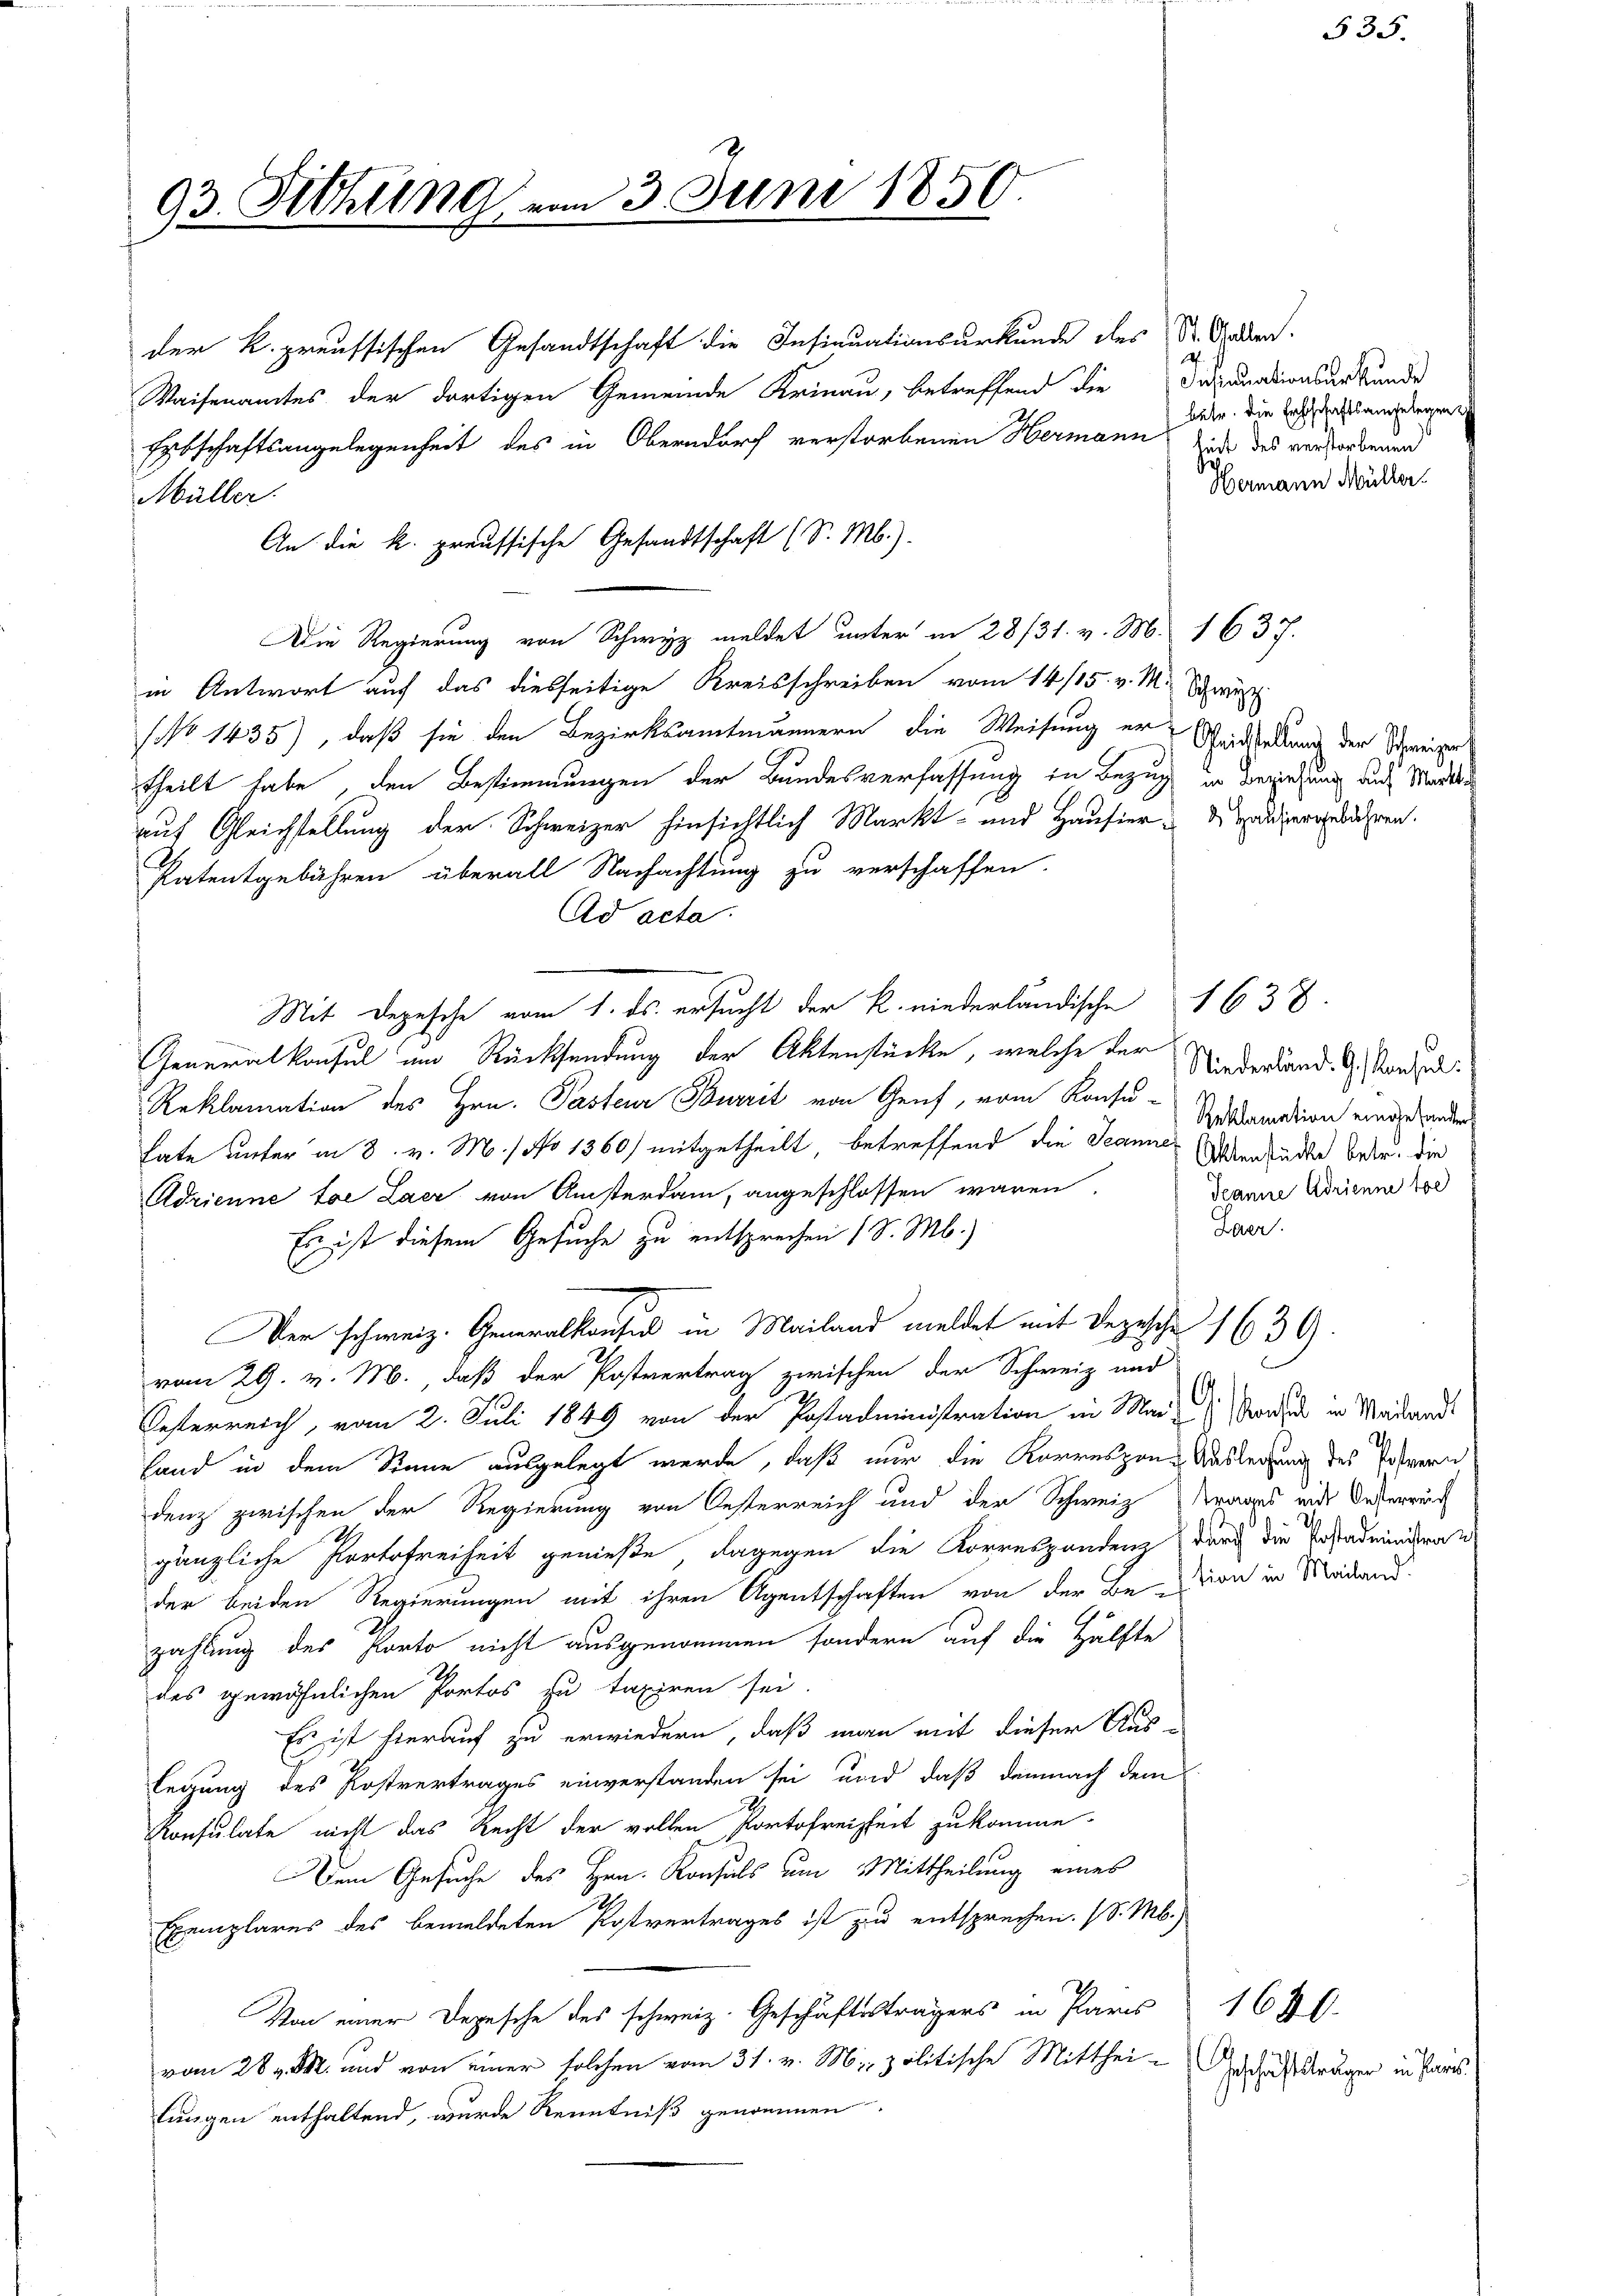
der k. preussischen Gesandtschaft die Insinuationsurkunde des St. Gaden.
Waisenamtes der dortigen Gemeinde Krinau, betreffend die
Erbschaftsangelegenheit des in Oberndorf verstorbenen Hermann sicht des verstorbenen
Müller.
An die k. preussische Gesandtschaft (S. M.).
Die Regierung von Schwyz meldet unter in 28/31. v. M. 1637.
in Antwort auf das diesseitige Kreisschreiben vom 14/15. v. M. Schw
(No 1435), daß sie den Bezirksamtmännern die Weisung er Seitstellung der Schreise
theilt habe, den Bestimmungen der Bundesverfassung in Bezug in Beziehung auf Mari
auf Gleichstellung der Schweizer hinsichtlich Markt- und Hausier dieser Sachen.
Patentgebühren überall Nachachtung zu verschaffen.
Ad acta.
Mit Depesche vom 1. ds. ersucht der k. niederländische 1638.
Generalkonsul und Rücksendung der Aktenstücke, welche der
Reklamation des Hrn. Pasteur Burrit von Genf, vom Konsu-
tate unter in 3. v. M. / No 1360) mitgetheilt, betreffend die Jeanne Erbenkucke betr. die
Adrienne toe Laer von Ansterdam, angeschlossen waren.
Es ist diesem Gesuche zu entsprechen (S. M.)
Der schweiz. Generalkonsul in Mailand meldet mit Depesche 1639
vom 29. v. M., daß der Postvertrag zwischen der Schweiz und
Oesterreich, vom 2. Juli 1849 von der Postadministration in Mai & Mordes in Weidand
land in dem Sinne ausgelegt werde, daß nur die Korrespons Auslegung des Schwern
denz zwischen der Regierung von Oesterreich und der Schweiz
gänzliche Portofreiheit genieße, dagegen die Korrespondenz durch die Erstadministrat
der beiden Regierungen mit ihren Agentschaften von der Be-
zahlung des Porto nicht ausgenommen, sondern auf die Hälfte
des gewöhnlichen Portos zu taxiren sei
Es ist hierauf zu erwiedern, daß man mit dieser Auslegung des Postvertrages einverstanden sei und daß demnach dem
Konsulate nicht das Recht der vollen Portofreiheit zukomme.
Dem Gesuche des Hrn. Konsuls um Mittheilung eines
Exemplares des bemeldeten Postvertrages ist zu entsprechen. (S. M.)
Von einer Depesche des schweiz. Geschäftssträgers in Paris
vom 28. v. M. und von einer solchen vom 31. v. M. politische Mitthei-Geschäftsträger in Paris
lungen enthaltend, wurde Kenntniß genommen.

93. Sitzung vom 3. Juni 1850.

2.
Insinuationsurkunde
betr. die Erbschaftsangelegen
Hermann Müller.

Niederländ. G. Konsul
Reklamation eingesandten
Teanne Adrienne tod
Leer.

535.

6
trages mit Oesterreich
I
tion in Mailand.

1680.